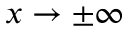
x \rightarrow \pm \infty